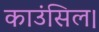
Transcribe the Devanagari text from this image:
काउंसिल।